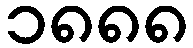
၁၈၈၈